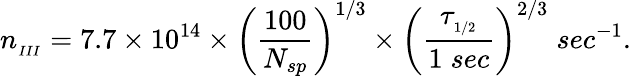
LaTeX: n_{_{III}}=7.7\times 10^{14}\times\left(\frac{100}{N_{sp}}\right)^{1/3}\times\left(\frac{\tau_{_{1/2}}}{1\; sec}\right)^{2/3}\; sec^{-1}.